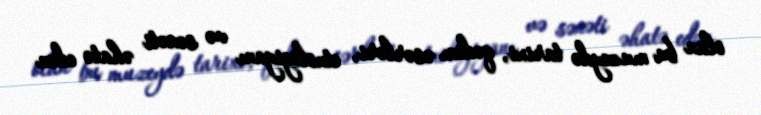
olan bu muzeydə tarixi, qədim əsərləri, etnologiyanı və sənəti əhatə edən